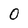
Character: 0